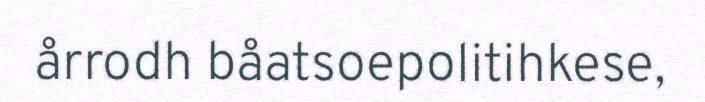
årrodh båatsoepolitihkese,